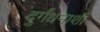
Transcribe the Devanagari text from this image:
दुर्गंधनाशी